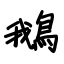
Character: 鵝